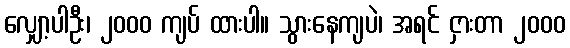
လျှော့ပါဦး၊ ၂၀၀၀ ကျပ် ထားပါ။ သွားနေကျပဲ၊ အရင် ငှားတာ ၂၀၀၀